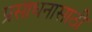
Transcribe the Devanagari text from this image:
प्रसाधनासाठी